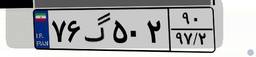
۷۶گ۵۰۲۹۰